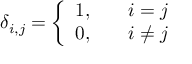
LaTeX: \delta _ { i , j } = \left\{ { \begin{array} { l l l } { 1 , } & { } & { i = j } \\ { 0 , } & { } & { i \neq j } \end{array} } \right.